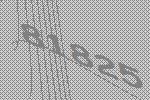
81825